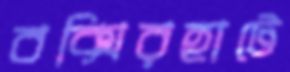
বক্সিরহাটে